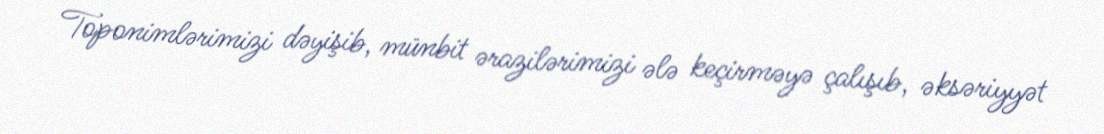
Toponimlərimizi dəyişib, münbit ərazilərimizi ələ keçirməyə çalışıb, əksəriyyət